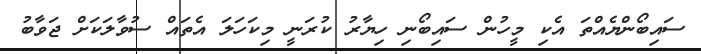
ސައިބޯންޔެއްތަ އެކި މީހުން ސައިބޯނި ހިޔާރު ކުރަނީ މިކަހަލަ އެތައް ސުވާލަކަށް ޖަވާބު